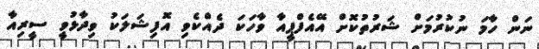
ނަން ހާމަ ނުކުރުމަށް ޝަރުތުކޮށް އޭއެފްޕީއާ ވާހަކަ ދެއްކެވި އޮފިޝަލަކު ވިދާޅުވީ ސީރިއާ